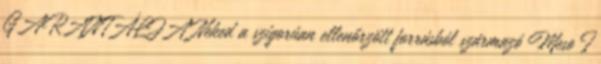
GARANTÁLJA Neked a szigorúan ellenőrzött forrásból származó Meso I